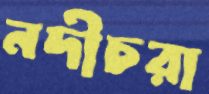
নদীচরা